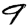
Digit: 9